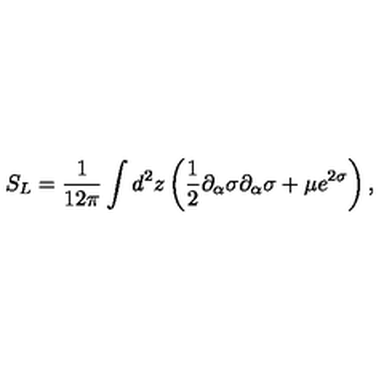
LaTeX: S _ { L } = \frac { 1 } { 1 2 \pi } \int d ^ { 2 } z \left( \frac { 1 } { 2 } \partial _ { \alpha } \sigma \partial _ { \alpha } \sigma + \mu e ^ { 2 \sigma } \right) ,